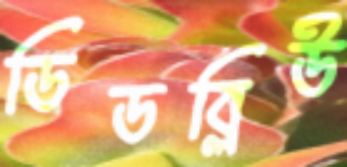
ডিডব্লিউ